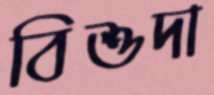
বিশুদা